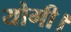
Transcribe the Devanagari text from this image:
योगी।